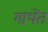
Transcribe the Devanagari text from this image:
गाथेंत